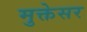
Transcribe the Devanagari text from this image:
मुक्तेसर